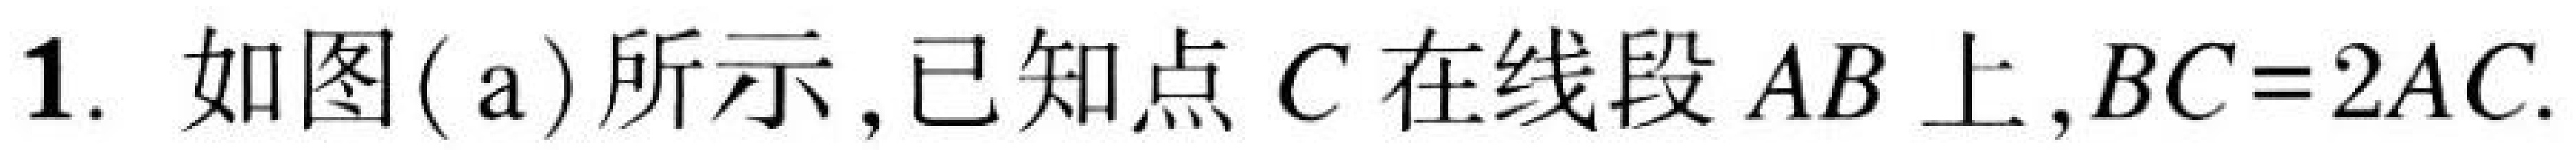
1. 如图(a)所示, 已知点 \(C\) 在线段 \(AB\) 上, \(BC = 2AC\).